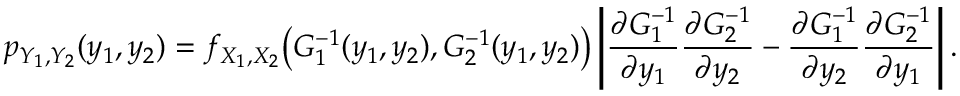
p _ { Y _ { 1 } , Y _ { 2 } } ( y _ { 1 } , y _ { 2 } ) = f _ { X _ { 1 } , X _ { 2 } } { \big ( } G _ { 1 } ^ { - 1 } ( y _ { 1 } , y _ { 2 } ) , G _ { 2 } ^ { - 1 } ( y _ { 1 } , y _ { 2 } ) { \big ) } \left\vert { \frac { \partial G _ { 1 } ^ { - 1 } } { \partial y _ { 1 } } } { \frac { \partial G _ { 2 } ^ { - 1 } } { \partial y _ { 2 } } } - { \frac { \partial G _ { 1 } ^ { - 1 } } { \partial y _ { 2 } } } { \frac { \partial G _ { 2 } ^ { - 1 } } { \partial y _ { 1 } } } \right\vert .